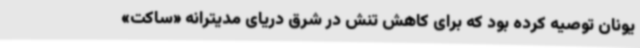
یونان توصیه کرده بود که برای کاهش تنش در شرق دریای مدیترانه «ساکت»